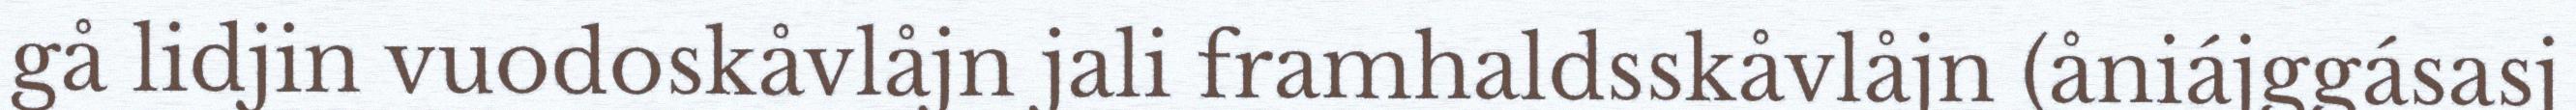
gå lidjin vuodoskåvlåjn jali framhaldsskåvlåjn (åniájggásasj